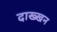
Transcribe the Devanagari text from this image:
दाख्खन